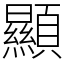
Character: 顯